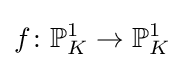
f\colon \mathbb {P} _{K}^{1}\to \mathbb {P} _{K}^{1}